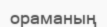
ораманың